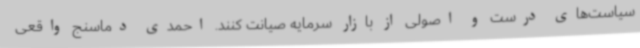
سیاست‌های درست و اصولی از بازار سرمایه صیانت کنند. احمدی دماسنج واقعی